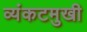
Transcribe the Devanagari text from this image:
व्यंकटमुखी